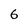
Character: 6